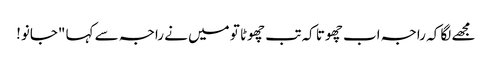
مجھے لگا کہ راجہ اب چھوتا کہ تب چھوٹا تو میں نے راجہ سے کہا "جانو!